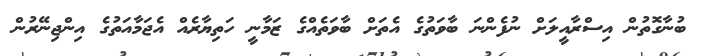
ބުނާގޮތުން އިސްރާއީލަށް ނުފެންނަ ބާވަތުގެ އެތަށް ބާވަތެއްގެ ޒަމާނީ ހަތިޔާރެއް އެޖަމާއަތުގެ އިންޖިނޭރުން